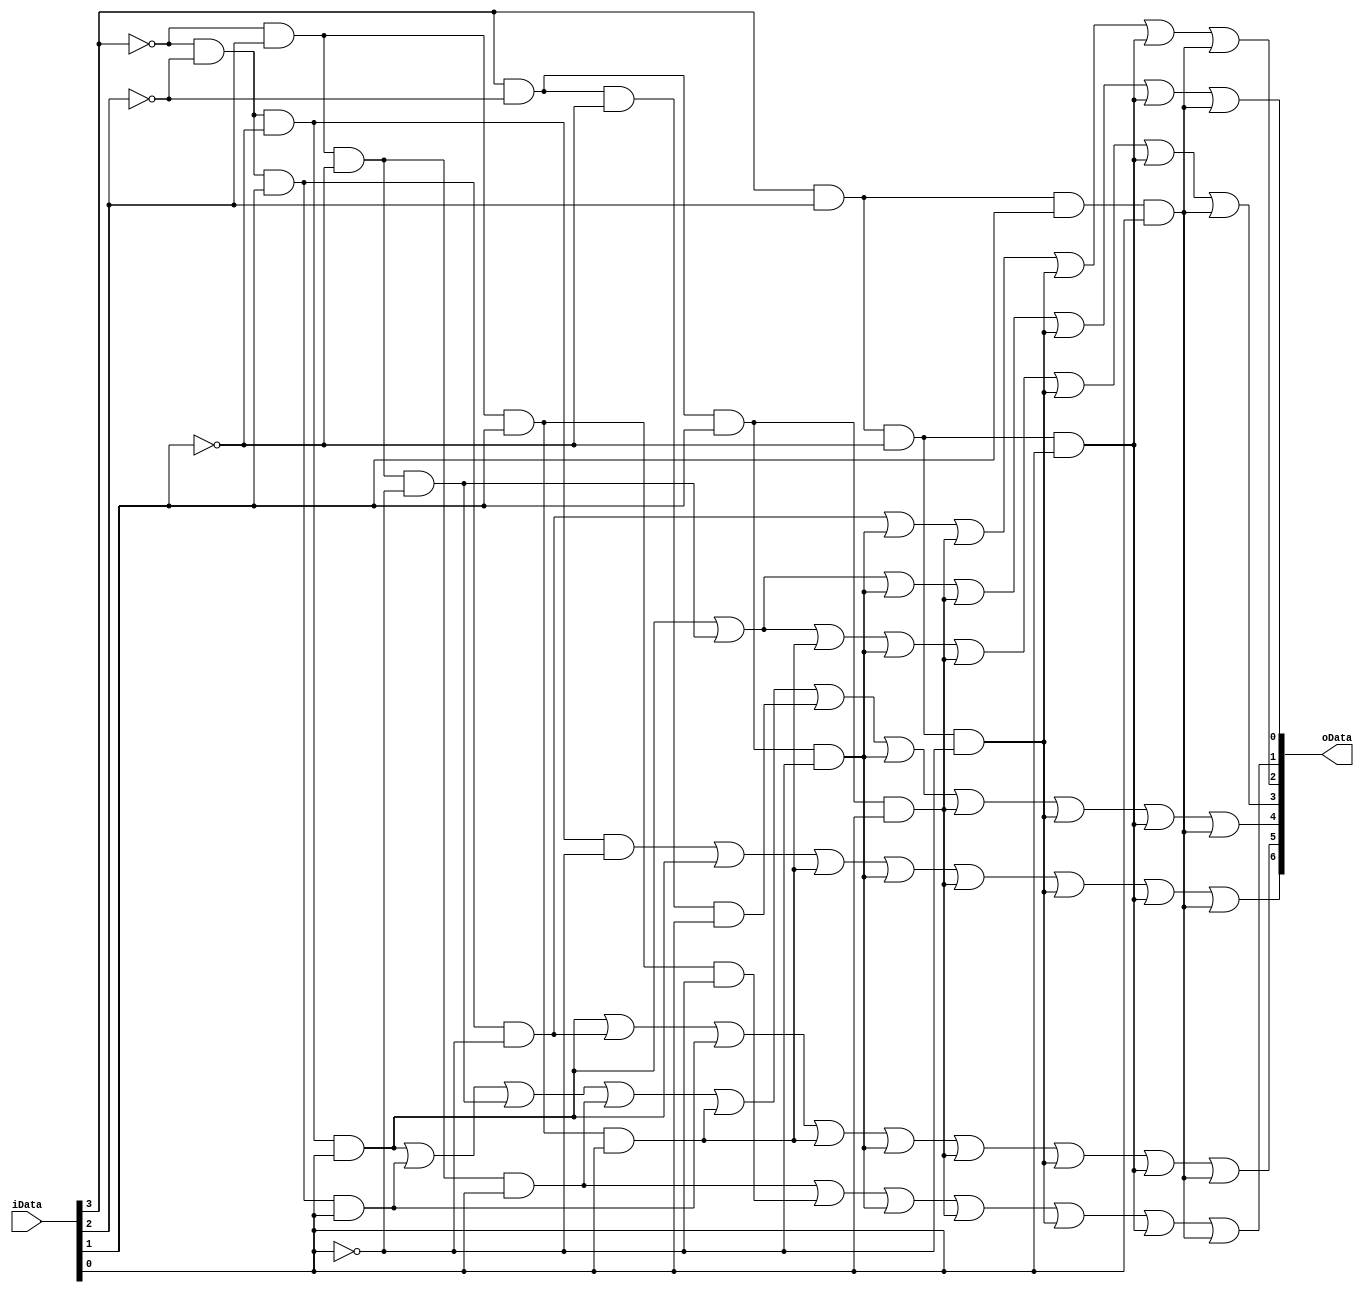
`timescale 1ns / 1ps
//////////////////////////////////////////////////////////////////////////////////
// Company: 
// Engineer: 
// 
// Design Name: 
// Module Name: display7update
// Project Name: 
// Target Devices: 
// Tool Versions: 
// Description: 
// 
// Dependencies: 
// 
// Revision:
// Revision 0.01 - File Created
// Additional Comments:
// 
//////////////////////////////////////////////////////////////////////////////////
module display7(
    input [3:0] iData,
    output [6:0] oData
    );
    assign oData[0]=(~iData[3] & ~iData[2] & ~iData[1] & iData[0])|(~iData[3] & iData[2] & ~iData[1] & ~iData[0])|(iData[3]&~iData[2]&iData[1]&~iData[0])|(iData[3]&~iData[2]&iData[1]&iData[0])|(iData[3]&iData[2]&~iData[1]&~iData[0])|(iData[3]&iData[2]&~iData[1]&iData[0])|(iData[3]&iData[2]&iData[1]&iData[0]);
    assign oData[1]=(~iData[3] & iData[2] & ~iData[1] & iData[0])|(~iData[3] & iData[2] & iData[1] & ~iData[0])|(iData[3]&~iData[2]&iData[1]&~iData[0])|(iData[3]&~iData[2]&iData[1]&iData[0])|(iData[3]&iData[2]&~iData[1]&~iData[0])|(iData[3]&iData[2]&~iData[1]&iData[0])|(iData[3]&iData[2]&iData[1]&iData[0]);
    assign oData[2]=(~iData[3] & ~iData[2] & iData[1] & ~iData[0])|(iData[3]&~iData[2]&iData[1]&~iData[0])|(iData[3]&~iData[2]&iData[1]&iData[0])|(iData[3]&iData[2]&~iData[1]&~iData[0])|(iData[3]&iData[2]&~iData[1]&iData[0])|(iData[3]&iData[2]&iData[1]&iData[0]);
    assign oData[3]=(~iData[3] & ~iData[2] & ~iData[1] & iData[0])|(~iData[3] & iData[2] & ~iData[1] & ~iData[0])|(~iData[3] & iData[2] & iData[1] & iData[0])|(iData[3]&~iData[2]&iData[1]&~iData[0])|(iData[3]&~iData[2]&iData[1]&iData[0])|(iData[3]&iData[2]&~iData[1]&~iData[0])|(iData[3]&iData[2]&~iData[1]&iData[0])|(iData[3]&iData[2]&iData[1]&iData[0]);
    assign oData[4]=(~iData[3] & ~iData[2] & ~iData[1] & iData[0])|(~iData[3] & ~iData[2] & iData[1] & iData[0])|(~iData[3] & iData[2] & ~iData[1] & ~iData[0])|(~iData[3] & iData[2] & ~iData[1] & iData[0])|(~iData[3] & iData[2] & iData[1] & iData[0])|(iData[3] & ~iData[2] & ~iData[1] & iData[0])|(iData[3]&~iData[2]&iData[1]&~iData[0])|(iData[3]&~iData[2]&iData[1]&iData[0])|(iData[3]&iData[2]&~iData[1]&~iData[0])|(iData[3]&iData[2]&~iData[1]&iData[0])|(iData[3]&iData[2]&iData[1]&iData[0]);
    assign oData[5]=(~iData[3] & ~iData[2] & ~iData[1] & iData[0])|(~iData[3] & ~iData[2] & iData[1] & ~iData[0])|(~iData[3] & ~iData[2] & iData[1] & iData[0])|(~iData[3] & iData[2] & iData[1] & iData[0])|(iData[3]&~iData[2]&iData[1]&~iData[0])|(iData[3]&~iData[2]&iData[1]&iData[0])|(iData[3]&iData[2]&~iData[1]&~iData[0])|(iData[3]&iData[2]&~iData[1]&iData[0])|(iData[3]&iData[2]&iData[1]&iData[0]);
    assign oData[6]=(~iData[3] & ~iData[2] & ~iData[1] & ~iData[0])|(~iData[3] & ~iData[2] & ~iData[1] & iData[0])|(~iData[3] & iData[2] & iData[1] & iData[0])|(iData[3]&~iData[2]&iData[1]&~iData[0])|(iData[3]&~iData[2]&iData[1]&iData[0])|(iData[3]&iData[2]&~iData[1]&~iData[0])|(iData[3]&iData[2]&~iData[1]&iData[0])|(iData[3]&iData[2]&iData[1]&iData[0]);
endmodule



module divider1(
    input I_CLK,
    output O_CLK
    );
    parameter m=1000;
    reg [31:0]n=32'h00000000;
    reg t;
    always @(posedge I_CLK)
    begin
        if(n==(m/2-1))
        begin
            t<=~t;
            n<=32'h00000000;
        end
        else
            n<=n+1;
    end
    assign O_CLK=t;
endmodule

module divider2(
    input I_CLK,
    output O_CLK
    );
    parameter m=100000000;
    reg [31:0]n=32'h00000000;
    reg t;
    always @(posedge I_CLK)
    begin
        if(n==(m/2-1))
        begin
            t<=~t;
            n<=32'h00000000;
        end
        else
            n<=n+1;
    end
    assign O_CLK=t;
endmodule


module times(
    input clk,
    input onoff,
    input pause,
    output [7:0] hour,
    output [7:0] minute,
    output [7:0] second
    );
    reg [7:0] h=8'b00100011;//2,3
    reg [7:0] m=8'b01011001;//5,9
    reg [7:0] s=8'b01011001;//5,9
    always @(posedge clk)
    begin
        if(onoff==1)
        begin
        if(!pause)
        begin
            if(s[3:0]==4'd9)
            begin
                s[3:0]<=4'd0;
                if(s[7:4]==4'd5) s[7:4]<=4'd0;
                else s[7:4]<=s[7:4]+1;
            end
            else    s[3:0]<=s[3:0]+1;
        end
        end
        
        else
        begin
            s<=8'b00000000;
        end
    end
    
    always @(posedge clk)
        begin
            if(onoff==1)
            begin
            if(!pause)
            begin
                if(s==8'b01011001)
                begin
                    if(m[3:0]==4'd9)
                    begin
                        m[3:0]<=4'd0;
                        if(m[7:4]==4'd5) m[7:4]<=4'd0;
                        else m[7:4]<=m[7:4]+1;
                    end
                    else m[3:0]=m[3:0]+1;
                end
            end
            end
            
            else
            begin
                m<=8'b00000000;
            end
        end
        
    always @(posedge clk)
    begin
        if(onoff==1)
        begin
        if(!pause)
        begin
            if(m==8'b01011001)
            begin
                if(h==8'b00100011)  h=8'd0;
                
                else if(h[3:0]==4'd9)
                begin
                    h[3:0]<=4'd0;
                    h[7:4]<=m[7:4]+1;
                end
                else h[3:0]=m[3:0]+1;
            end
        end
        end
                    
        else
        begin
            h<=8'b00000000;
        end
    end    
    
    assign hour=h;
    assign minute=m;
    assign second=s;
endmodule



module display7update(
    //input [15:0] idata,
    input CLK,
    input onoff,
    input pause,
    output reg [7:0] en,
    output clk1,
    output clk2,
    output [6:0] odata
    );
    reg [3:0] temp;
    reg [3:0] count=3'b000;
    wire [7:0] h;
    wire [7:0] m;
    wire [7:0] s;
    display7 inst(
        .iData(temp),
        .oData(odata)
        );
    divider1 dinst1(
        .I_CLK(CLK),
        .O_CLK(clk1)
        );
    divider2 dinst2(
        .I_CLK(CLK),
        .O_CLK(clk2)
        );
    times tinst(
        .clk(clk2),
        .onoff(onoff),
        .hour(h),
        .minute(m),
        .second(s)
    );
    always @(posedge clk1)
    begin
        if(count==3'b000)
        begin
            en<=8'b11111110;
            temp<=s[3:0];
        end
        else if(count==3'b001)
        begin 
            en<=8'b11111101;
            temp<=s[7:4];
        end
        else if(count==3'b010)
        begin
            en<=8'b11110111;
            temp<=m[3:0];
        end
        else if(count==3'b011)
        begin 
            en<=8'b11101111;
            temp<=m[7:4];
        end
        else if(count==3'b100)
        begin
            en<=8'b10111111;
            temp<=h[3:0];
        end
        else if(count==3'b101)
        begin
            en<=8'b01111111;
            temp<=h[7:4];
        end
    end
    always @(posedge clk1)
    begin
        if(count==3'b101)
            count=3'b000;
        else
            count=count+1;
    end
    
endmodule

module tricol1(
    input [1:0]in,
    output [2:0]out
    );
    reg [2:0]t;
    always @(*)
    begin
        case(in)
        2'b00:t<=3'b000;
        2'b01:t<=3'b001;
        2'b10:t<=3'b010;
        2'b11:t<=3'b100;
        endcase
    end
    assign out=t;
endmodule

module tricol2(
    input [6:0]in,
    output [2:0]out
    );
    reg [2:0]t=3'b000;
    always @(*)
    begin
        case(in)
        7'b0000001:t<=3'b001;
        7'b0000010:t<=3'b010;
        7'b0000100:t<=3'b011;
        7'b0001000:t<=3'b100;
        7'b0010000:t<=3'b101;
        7'b0100000:t<=3'b110;
        7'b1000000:t<=3'b111;
        default:t<=3'b000;
        endcase
    end
    assign out=t;
endmodule

module Ena(
    input ien,
    input CLK,
    output c,
    output oen
    );
    reg temp=0;
    reg [31:0]count=32'd0;
    always@(posedge CLK)
    begin
        if(ien==1) temp<=1;
        else if(count==32'd50000000)
        begin
            temp<=0;
            count<=32'd0;
        end    
        if(temp==1) count<=count+1;
        else    count<=32'd0;
    end
    assign oen=temp;
    assign c=count;
endmodule

//
module wave(
    input kb,
    input kbclk,
    input stdclk,
    
    input onoff,
    input pause,
    output [7:0] en,
    output clk1,
    output clk2,
    output [6:0] odata,
    
    output beep,
    output [2:0]tric1,
    output [2:0]tric2
    );
    wire [31:0]TIME;
    reg [31:0]count=32'd0;
    reg tbee=0;
    wire [1:0]degree;
    selectTIME sT(.clk(stdclk),.kb(kb),.kbclk(kbclk),.degree(degree),.TIME(TIME),.tric2(tric2));
    tricol1 tc1(.in(degree),.out(tric1));
    display7update dig7(.CLK(stdclk),.onoff(onoff),.pause(pause),.en(en),.clk1(clk1),.clk2(clk2),.odata(odata));
    always @(posedge stdclk)
    begin
        if(count<TIME)  count=count+1;
        else    
        begin
            count=32'd0;
            tbee=~tbee;
        end
    end
    assign beep=tbee;
endmodule

//
module selectTIME(
    input clk,
    input kb,
    input kbclk,
    output [1:0]degree,
    output [2:0]tric2,
    output [31:0]TIME
    );
    wire [6:0]key;
    wire kbpress;
    reg [31:0]temp;
 
    keyboard kbdin(.clk(clk),.kb(kb),.kbclk(kbclk),.rst(1'b1),.m({degree,key}),.kbpress(kbpress));
    tricol2 tc2(.in(key),.out(tric2));

    always @(key or degree)
    begin
        if(degree==2'b10)
        case(key)
        7'b0000001:temp=32'd95602;
        7'b0000010:temp=32'd85179;
        7'b0000100:temp=32'd75873;
        7'b0001000:temp=32'd71633;
        7'b0010000:temp=32'd63776;
        7'b0100000:temp=32'd56818;
        7'b1000000:temp=32'd50607;
        default:temp=32'd0;
        endcase
        else if(degree==2'b01)
        case(key)
        7'b0000001:temp=32'd190840;
        7'b0000010:temp=32'd170068;
        7'b0000100:temp=32'd151515;
        7'b0001000:temp=32'd143266;
        7'b0010000:temp=32'd127551;
        7'b0100000:temp=32'd113636;
        7'b1000000:temp=32'd101215;
        default:temp=32'd0;
        endcase
        else if(degree==2'b11)
        case(key)
        7'b0000001:temp=32'd47801;
        7'b0000010:temp=32'd42553;
        7'b0000100:temp=32'd37936;
        7'b0001000:temp=32'd35791;
        7'b0010000:temp=32'd31888;
        7'b0100000:temp=32'd28409;
        7'b1000000:temp=32'd25304;
        default:temp=32'd0;
        endcase
        else    temp=32'd0;
    end
    assign TIME=temp;
endmodule

module keyboard(
    input clk,
    input kb,
    input kbclk,
    input rst,
    output reg kbpress,
    output [8:0]m
);
    
    reg kbclk0,kbclk1;
    
    always @(posedge clk or negedge rst)
    begin
        if(!rst)
        begin
            kbclk0<=0;
            kbclk1<=0;
        end
        else
        begin
            kbclk0<=kbclk;
            kbclk1<=kbclk0;
        end
    end
    wire kbclkn=(~kbclk0)&kbclk1;
    
    reg [3:0]count;
    always@(posedge clk or negedge rst)
    begin
        if(!rst)
            count<=0;
        else if(kbclkn)
        begin
            if(count>=4'd10)
                count<=0;
            else
                count<=count+1;
        end
    end
    
    reg [7:0] buffer;
    always @(posedge clk or negedge rst)
    begin
        if(!rst)
            buffer<=8'd0;
        else if(kbclkn)
            case(count)
            4'd1:buffer[0]<=kb;
            4'd2:buffer[1]<=kb;
            4'd3:buffer[2]<=kb;
            4'd4:buffer[3]<=kb;
            4'd5:buffer[4]<=kb;
            4'd6:buffer[5]<=kb;
            4'd7:buffer[6]<=kb;
            4'd8:buffer[7]<=kb;
            default:;
            endcase
    end
    
    reg released;
    reg [7:0] data;
    always@ (posedge clk or negedge rst)
    begin
        if(!rst)
            released<=0;
        else if(count==4'd10&&kbclkn)
        begin
            if(buffer==8'hf0)
                released<=1;
            else
                released<=0;
        end
    end
    
    always@(posedge clk or negedge rst)
    begin
        if(!rst)
        begin
            kbpress<=0;
        end
        else if(count==4'd10&&kbclkn)
        begin
            if(!released)
            begin
                data<=buffer;
                kbpress<=1;
            end
        end
        else
        begin
            kbpress<=0;
        end
    end
    
    reg [6:0]mm;
    always @(*)
    begin
        case(data)
        8'h15:mm<=7'b0000001;
        8'h1c:mm<=7'b0000001;
        8'h22:mm<=7'b0000001;
        
        8'h1d:mm<=7'b0000010;
        8'h1b:mm<=7'b0000010;
        8'h21:mm<=7'b0000010;
        
        8'h24:mm<=7'b0000100;
        8'h23:mm<=7'b0000100;
        8'h2a:mm<=7'b0000100;
        
        8'h2d:mm<=7'b0001000;
        8'h2b:mm<=7'b0001000;
        8'h32:mm<=7'b0001000;
        
        8'h3c:mm<=7'b0010000;
        8'h3b:mm<=7'b0010000;
        8'h31:mm<=7'b0010000;
        
        8'h43:mm<=7'b0100000;
        8'h42:mm<=7'b0100000;
        8'h3a:mm<=7'b0100000;
        
        8'h44:mm<=7'b1000000;
        8'h4b:mm<=7'b1000000;
        8'h41:mm<=7'b1000000;
        default:mm<=7'b0000000;
        endcase
    end
    
    reg [1:0]degree;
    always @(*)
    begin
        case(data)
        8'h15:degree<=2'b11;
        8'h1d:degree<=2'b11;
        8'h24:degree<=2'b11;
        8'h2d:degree<=2'b11;
        8'h3c:degree<=2'b11;
        8'h43:degree<=2'b11;
        8'h44:degree<=2'b11;
        
        8'h1c:degree<=2'b10;
        8'h1b:degree<=2'b10;
        8'h23:degree<=2'b10;
        8'h2b:degree<=2'b10;
        8'h3b:degree<=2'b10;
        8'h42:degree<=2'b10;
        8'h4b:degree<=2'b10;
        
        8'h22:degree<=2'b01;
        8'h21:degree<=2'b01;
        8'h2a:degree<=2'b01;
        8'h32:degree<=2'b01;
        8'h31:degree<=2'b01;
        8'h3a:degree<=2'b01;
        8'h41:degree<=2'b01;
        
        default:degree<=2'b00;
        endcase
    end
    
    assign m={degree,mm};
endmodule